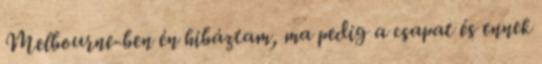
Melbourne-ben én hibáztam, ma pedig a csapat és ennek